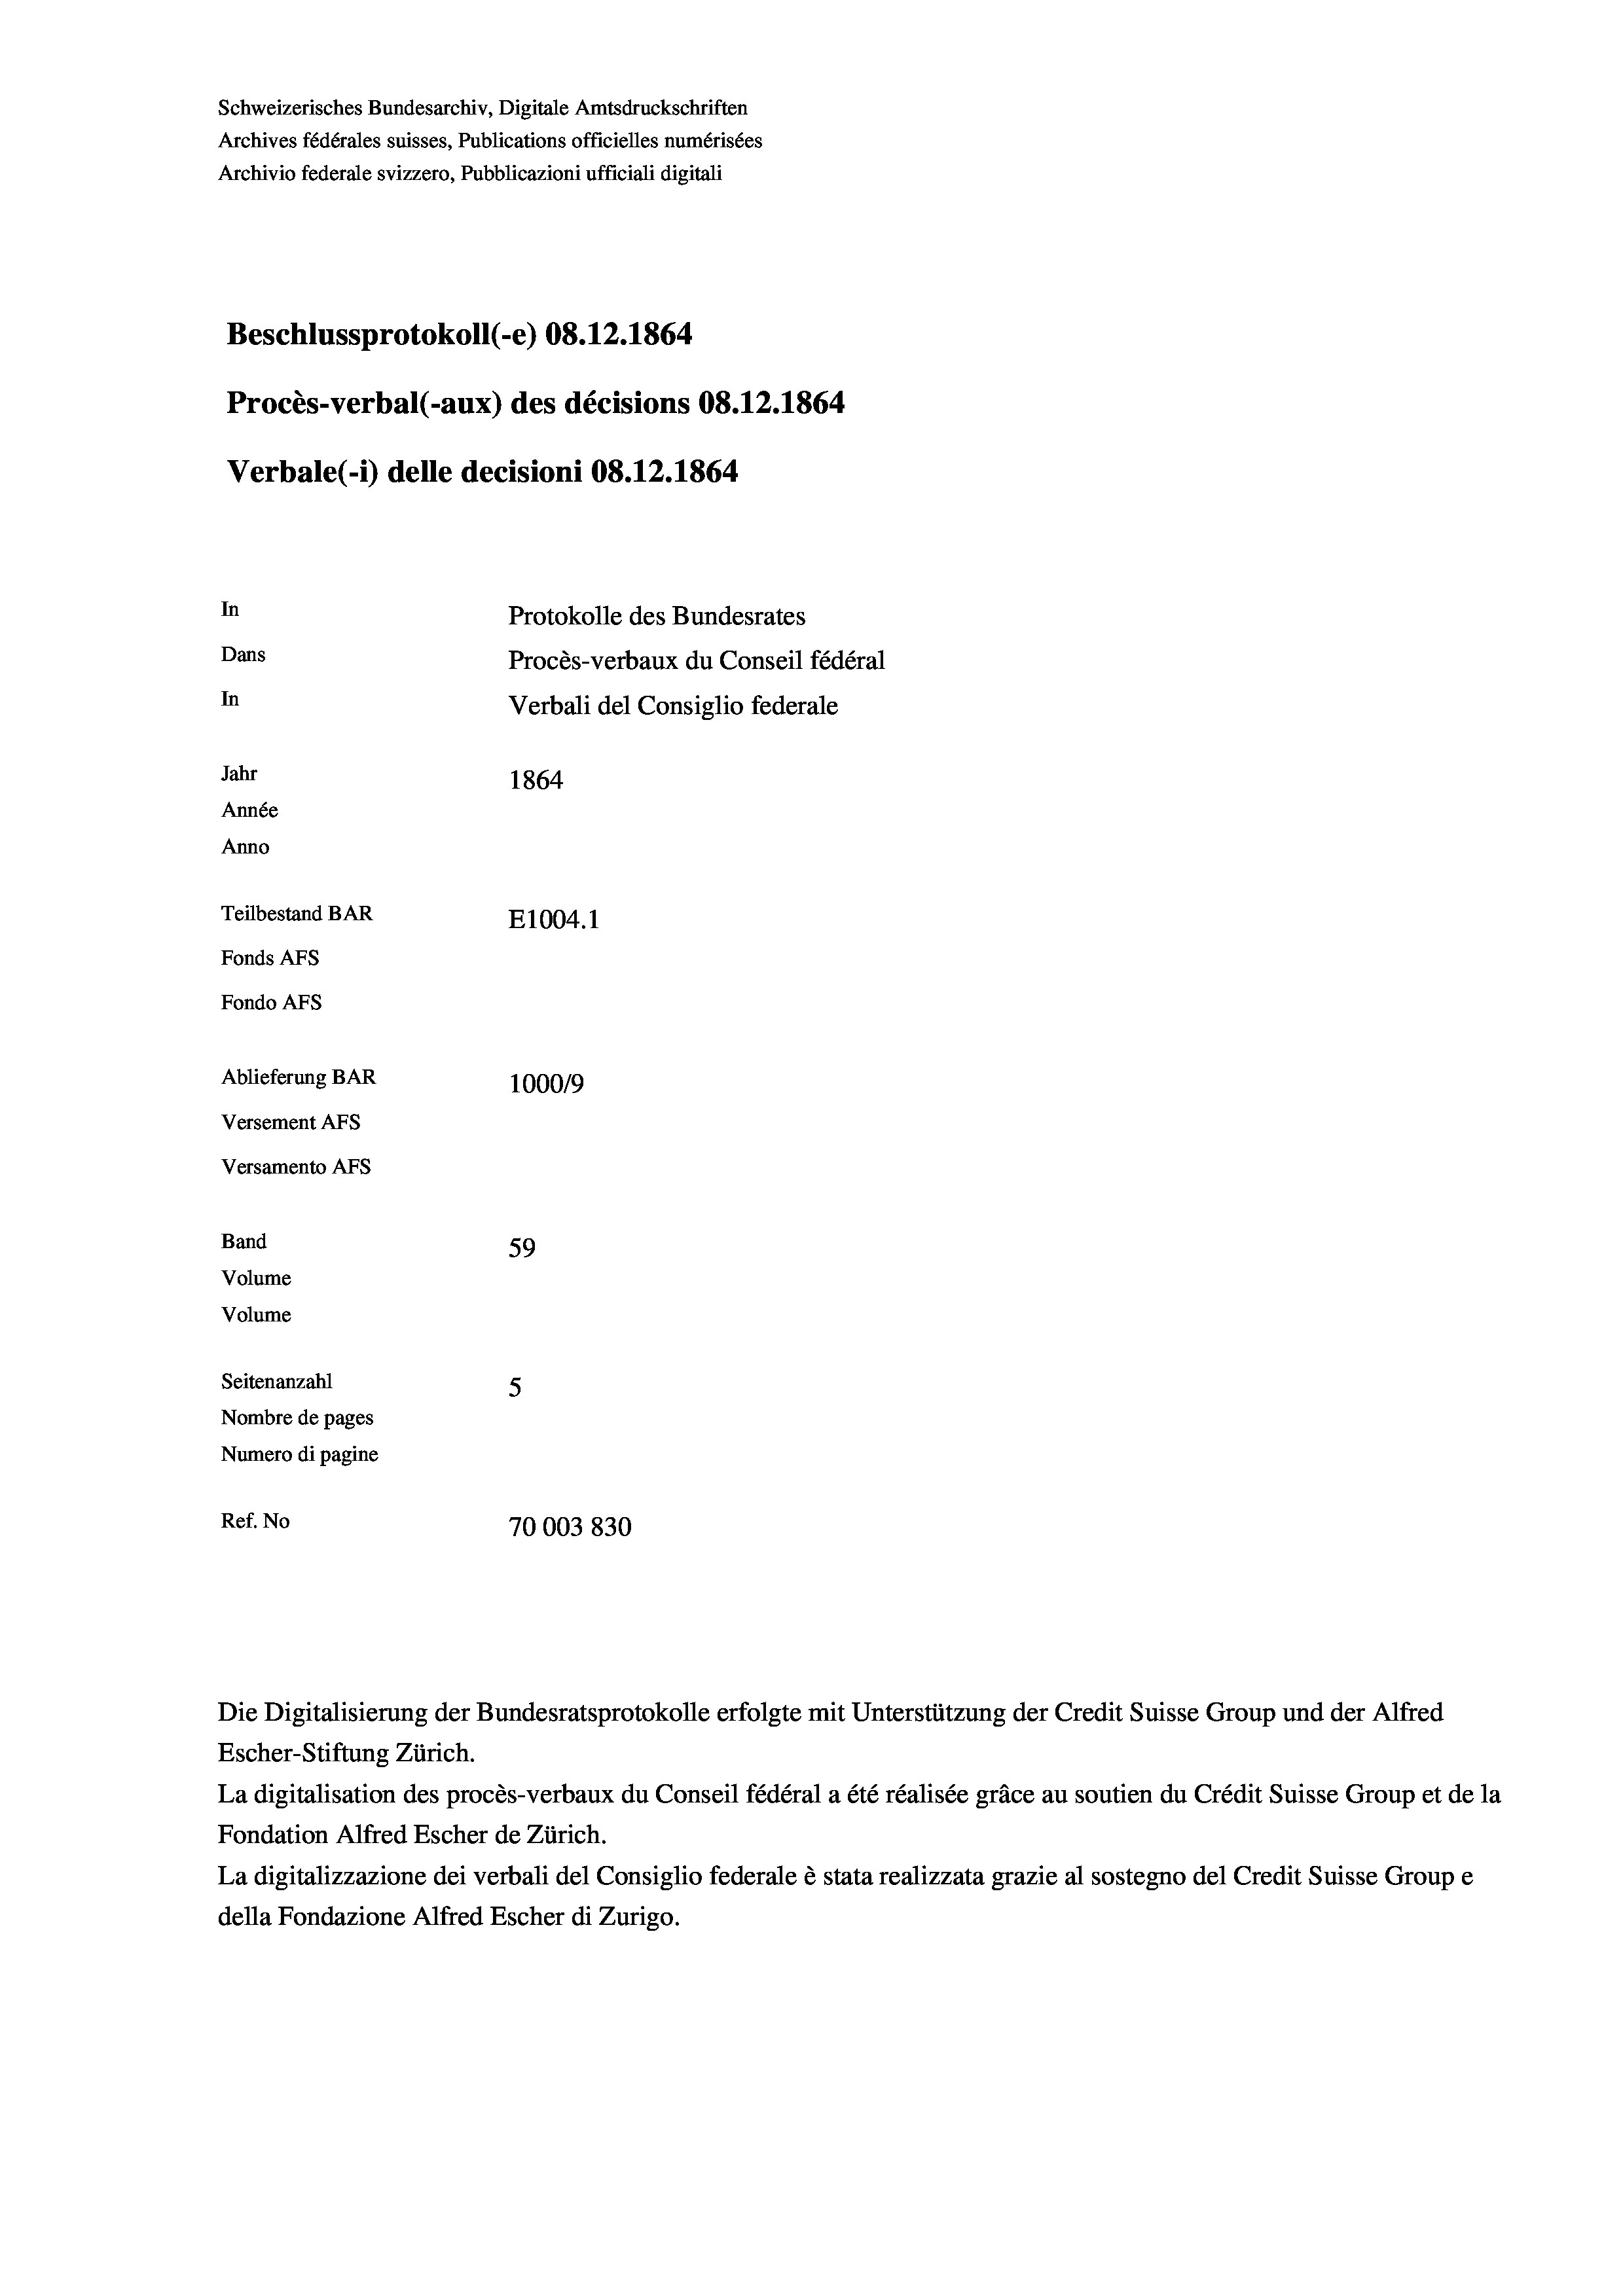
Schweizerisches Bundesarchiv, Digitale Amtsdruckschriften
Archives fédérales suisses, Publications officielles numérisées
Archivio federale svizzero, Pubblicazioni ufficiali digitali
Beschlussprotokoll (-e) 08.12.1864.
Procès-verbal (-aux) des décisions 08.12.1864
Verbale (i) delle decisioni 08. 12. 1864
In
Protokolle des Bundesrates
Dans
Procès-verbaux du Conseil fédéral
In
Verbali del Consiglio federale
Jahr
1864
Année
Anno
Teilbestand BAR
E1004. 1
Fonds Afs
Fondo Afs
Ablieferung BAR
100019
Versement AFS
Versamento Afs

59
Seitenanzahl
5
Nombre de pages
Numero di pagine
Ref. No
70003830

Band
Volume
Volume

Escher-Stiftung Zürich.
La digitalisation des procès-verbaux du Conseil fédéral a été réalisée gräce au soutien du Crédit Suisse Group et de la
Fondation Alfred Escher de Zürich.
La digitalizzazione dei verbali del Consiglio federale è stata realizzata grazie al sostegno del Credit Suisse Groupe
della Fondazione Alfred Escher di Zurigo.

Die Digitalisierung der Bundesratsprotokolle erfolgte mit Unterstützung der Credit Suisse Group und der Alfred